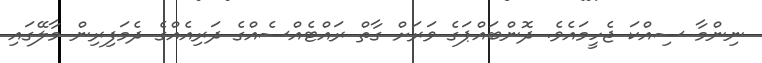
ނިންމާ ސިއްކަ ޖެހީމައެވެ. ދޮންބައްޕަގެ ވަރަށް ގާތް ރައްޓެއްސެއްގެ ދަރިއެއްގެ ދެމަފިރިން މާލޭގައި